Problem: 4 + 27 = ?
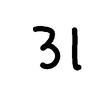
Handwritten answer: 31